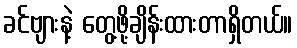
ခင်ဗျားနဲ့ တွေ့ဖို့ချိန်းထားတာရှိတယ်။